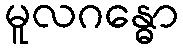
မူလဂန္ဓော